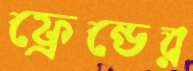
ফ্রেন্ডের